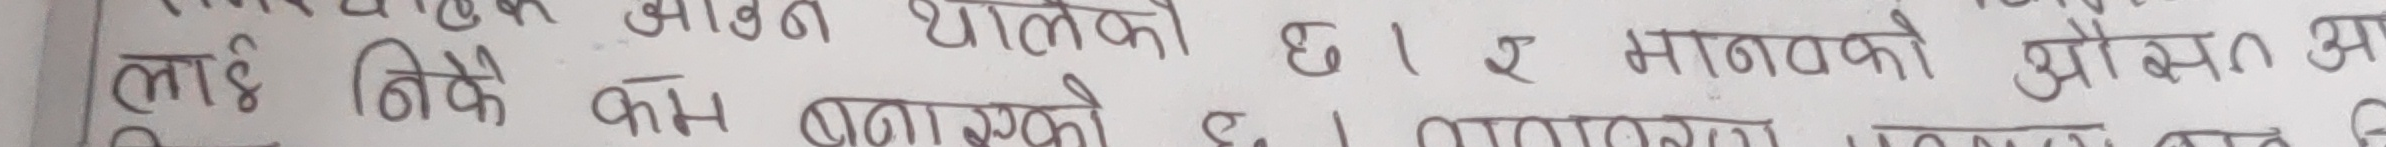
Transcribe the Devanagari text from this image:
लाई निकै आवश्यक धनीको छ। ए मानवको औसत अ
काम बनाउनको छ। मानव मानवको औसत आय